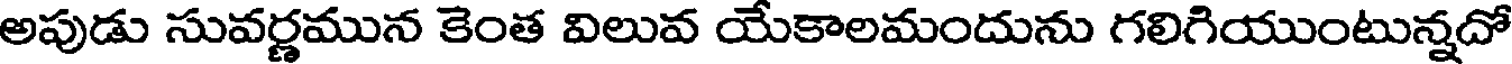
అపుడు సువర్ణమున కెంత విలువ యేకాలమందును గలిగియుంటున్నదో